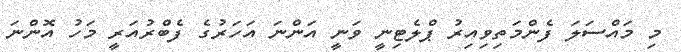
މި މައްސަލަ ފެންމަތިވިއިރު ޕްލެޓިނީ ވަނީ އަންނަ އަހަރުގެ ފެބްރުއަރީ މަހު އޮންނަ